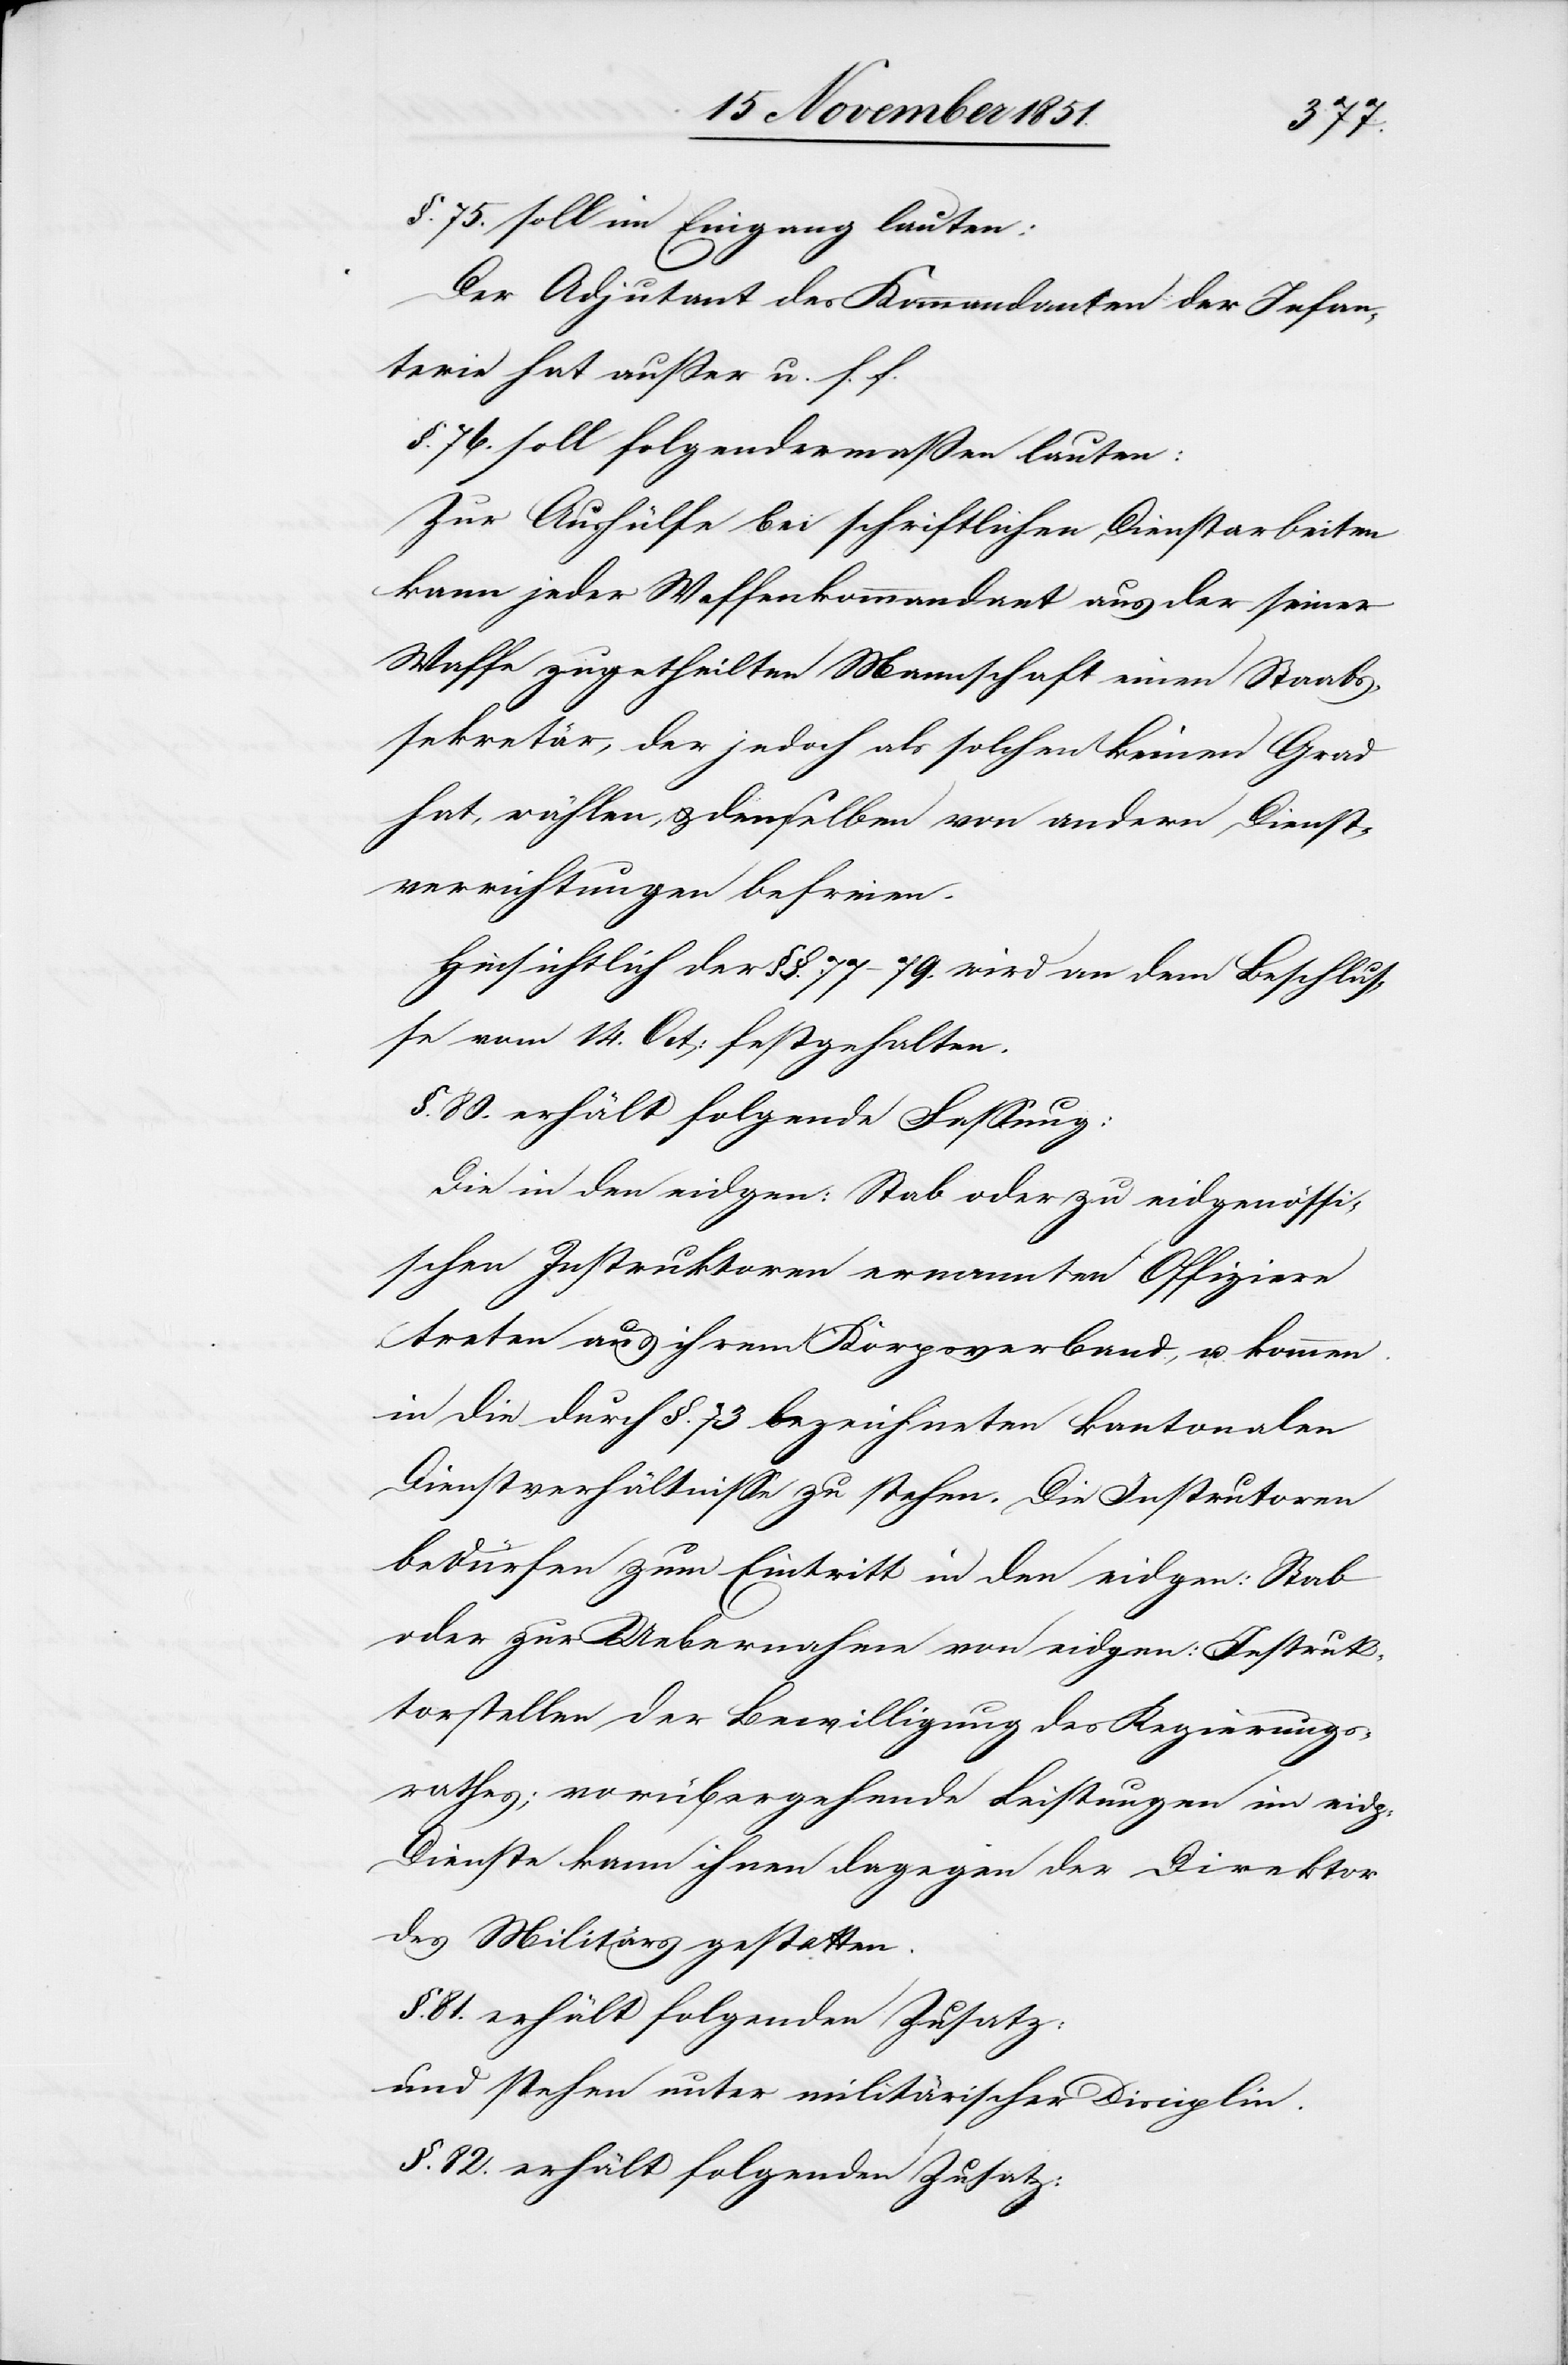
§. 75. soll im Eingang lauten:
Der Adjutant des Kommandanten der Infan¬
terie hat außer u. s. f.
§. 76. soll folgendermaßen lauten:
Zur Aushülfe bei schriftlichen Dienstarbeiten
kann jeder Waffenkommandant aus der seiner
Waffe zugetheilten Mannschaft einen Staabs¬
sekretär, der jedoch als solchen keinen Grad
hat, wählen, & denselben von andern Dienst¬
verrichtungen befreien.
Hinsichtlich der §§. 77–79. wird an dem Beschlus¬
se vom 14. Oct: festgehalten.
§. 80. erhält folgende Fassung:
Die in den eidgen: Stab oder zu eidgenössi¬
schen Instruktoren ernannten Offiziere
treten aus ihrem Korpsverband, u. kommen
in die durch §. 73 bezeichneten kantonalen
Dienstverhältnisse zu stehen. Die Instru[k]toren
bedürfen zum Eintritt in den eidgen: Stab
oder zur Uebernahme von eidgen: Instruk¬
torstellen der Bewilligung des Regierungs¬
rathes; vorübergehende Leistungen im eidg:
Dienste kann ihnen dagegen der Direktor
des Militärs gestatten.
§. 81. erhält folgenden Zusatz:
und stehen unter militärischer Disciplin.
§. 82. erhält folgenden Zusatz: